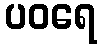
ပဝရေ